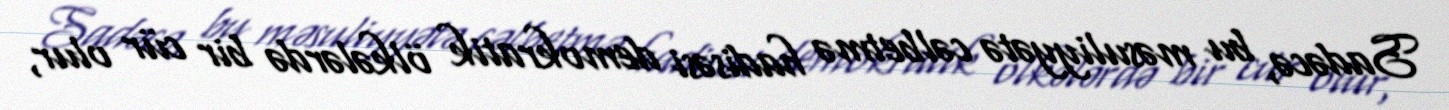
Sadəcə, bu məsuliyyətə cəlbetmə hadisəsi demokratik ölkələrdə bir cür olur,